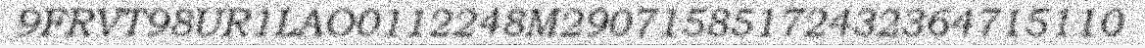
9FRVT98UR1LAO0112248M29071585172432364715110